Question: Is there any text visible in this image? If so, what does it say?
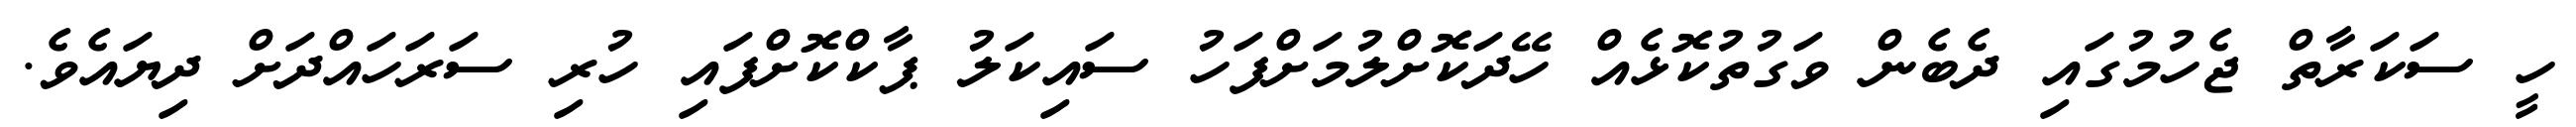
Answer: ހީ ސަކަރާތް ޖެހުމުގައި ދެބެން ވަގުތުކޮޅެއް ހޭދަކޮށްލުމަށްފަހު ސައިކަލު ޕާކްކޮށްފައި ހުރި ސަރަހައްދަށް ދިޔައެވެ.